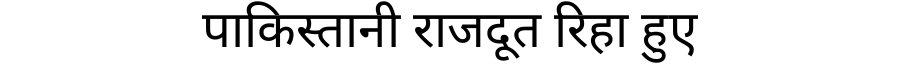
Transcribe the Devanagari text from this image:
पाकिस्तानी राजदूत रिहा हुए